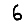
Digit: 6